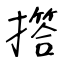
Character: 撘